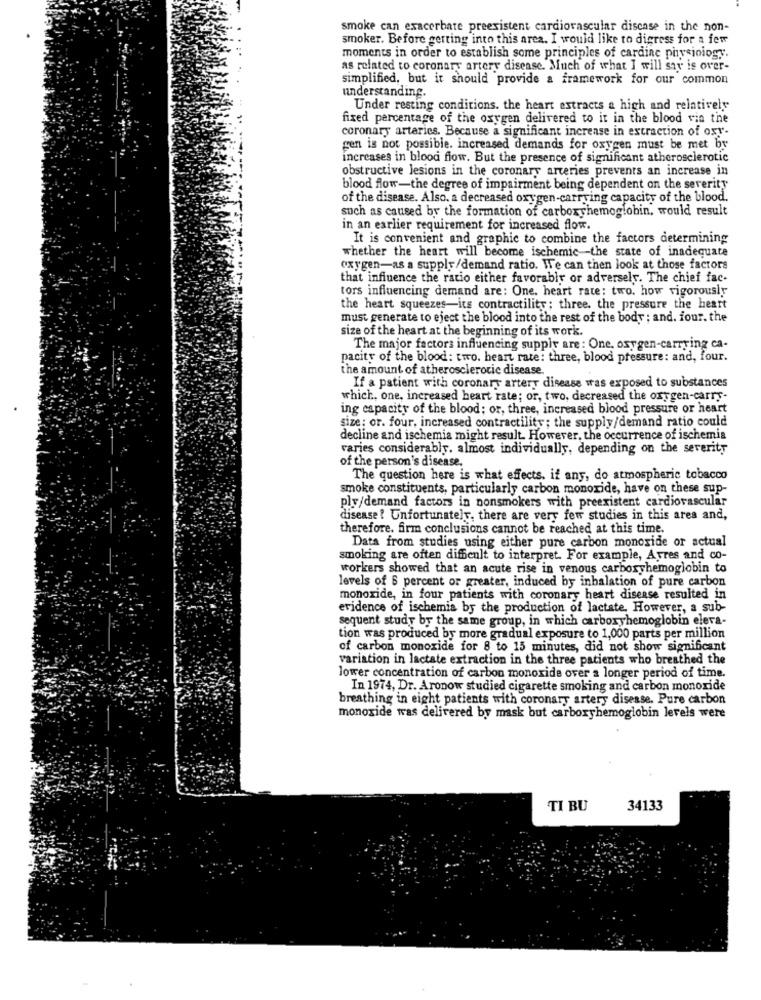
smoke can exacerbate preexistent cardiovascular disease in the non-
smoker. Before gerting into this area. I would like to digress for a few
moments in order to establish some principles of cardiac physiology.
as related to coronary artery disease. Much of what I will say is over-
simplified, but it should provide a framework for our common
understanding.
Under resting conditions. the heart estracts a high and relatively
fixed percentage of the oxygen delivered to it in the blood via the
coronary arteries. Because a significant increase in extraction of oxy-
gen is not possible. increased demands for oxygen must be met by
increases in blood flow. But the presence of significant atherosclerotic
obstructive lesions in the coronary arteries prevents an increase in
blood flow-the degree of impairment being dependent on the severity
of the disease. Also. a decreased oxygen-carrying capacity of the blood.
such as caused by the formation of carboxyhemoglobin, would result
in an earlier requirement for increased flow.
It is convenient and graphic to combine the factors determining
whether the heart will become ischemic -- the state of inadequate
oxygen-as a supply/demand ratio. We can then look at those factors
that influence the ratio either favorably or adversely. The chief fac-
tors influencing demand are: One. heart rate: two. how vigorously
the heart squeezes-its contractility ; three. the pressure the heart
must generate to eject the blood into the rest of the body ; and. four. the
size of the heart at the beginning of its work.
The major factors influencing supply are : One, oxygen-carrying ca-
pacity of the blood: two. heart rate: three, blood pressure: and, four.
the amount of atherosclerotic disease.
If a patient with coronary artery disease was exposed to substances
which, one, increased heart rate; or, two, decreased the oxygen-carry-
ing capacity of the blood; or, three, increased blood pressure or heart
size: or. four, increased contractility ; the supply/demand ratio could
decline and ischemia might result. However, the occurrence of ischemia
varies considerably, almost individually, depending on the severity
of the person's disease.
The question here is what effects, if any, do atmospheric tobacco
smoke constituents, particularly carbon monoxide, have on these sup-
ply/demand factors in nonsmokers with preexistent cardiovascular
disease? Unfortunately, there are very few studies in this area and,
therefore. firm conclusions cannot be reached at this time.
Data from studies using either pure carbon monoxide or actual
smoking are often difficult to interpret. For example, Avres and co-
workers showed that an acute rise in venous carboxyhemoglobin to
levels of 6 percent or greater, induced by inhalation of pure carbon
monoxide, in four patients with coronary heart disease resulted in
evidence of ischemia by the production of lactate. However, a sub-
sequent study by the same group, in which carboxyhemoglobin elera-
tion was produced by more gradual exposure to 1,000 parts per million
of carbon monoxide for 8 to 15 minutes, did not show significant
variation in lactate extraction in the three patients who breathed the
lower concentration of carbon monoxide over a longer period of time.
In 1974, Dr. Aronow studied cigarette smoking and carbon monoxide
breathing in eight patients with coronary artery disease. Pure carbon
monoxide was delivered by mask but carboxyhemoglobin levels were
TI BU
34133